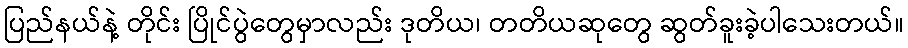
ပြည်နယ်နဲ့ တိုင်း ပြိုင်ပွဲတွေမှာလည်း ဒုတိယ၊ တတိယဆုတွေ ဆွတ်ခူးခဲ့ပါသေးတယ်။